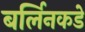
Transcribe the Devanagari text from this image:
बर्लिनकडे